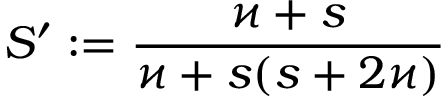
S ^ { \prime } : = \frac { \varkappa + s } { \varkappa + s ( s + 2 \varkappa ) }